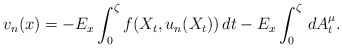
\begin{align*}v_{n}(x)=-E_{x}\int_{0}^{\zeta}f(X_{t}, u_{n}(X_{t}))\,dt-E_{x}\int_{0}^{\zeta}\,dA^{\mu}_t.\end{align*}